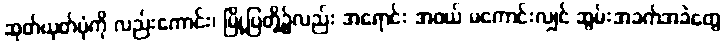
ဆုတ်ယုတ်ပုံကို လည်းကောင်း၊ မြို့ပြတို့၌လည်း အရောင်း အဝယ် မကောင်းလျှင် ဆွမ်းအခက်အခဲတွေ